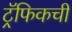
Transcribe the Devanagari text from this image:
ट्रॅफिकची